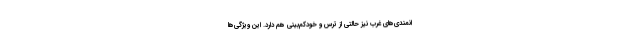
انمندی‌های غرب نیز حالتی از ترس و خودکم‌بینی هم دارد. این ویژگی‌ها